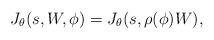
LaTeX: \begin{align*}J_\theta(s,W,\phi)=J_\theta(s,\rho(\phi)W),\end{align*}